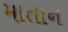
માતાન